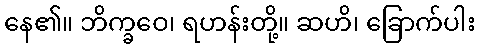
နေ၏။ ဘိက္ခဝေ၊ ရဟန်းတို့။ ဆဟိ၊ ခြောက်ပါး